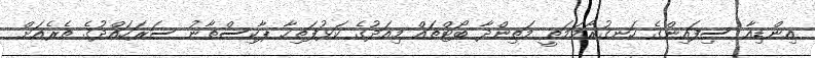
އިންޑިއާ ސިފައިންގެ ހަނގުރާމަމަތީ މަތިންދާ ބޯޓްތައް މިއަދުގެ ކަޅުފަތިހާ ޕާކިސްތާނު ސަރަހައްދުގެ ތެރެއަށް